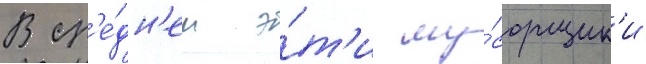
В ср'е́дн'ем э́т'и му́сорщик'и